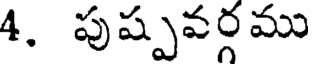
4. పుష్పవర్గము